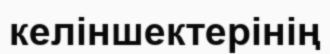
келіншектерінің